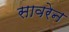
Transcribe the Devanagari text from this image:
सावरेन